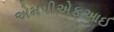
એમપીએફઆઈ